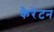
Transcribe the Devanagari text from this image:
कैरेंटन